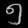
Digit: ၅